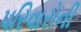
પરિવારોની